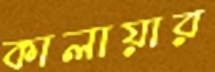
কালায়ার